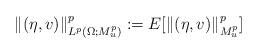
LaTeX: \begin{align*} \| (\eta,v)\|^p_{L^p(\Omega;M^p_u)}:=E[\| (\eta,v)\|^p_{M^p_u}]\end{align*}